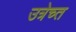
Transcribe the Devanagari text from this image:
उत्रेच्त